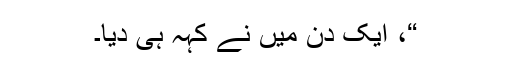
“، ایک دِن میں نے کہہ ہی دیا۔